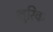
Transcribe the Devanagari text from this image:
क्षुरिक